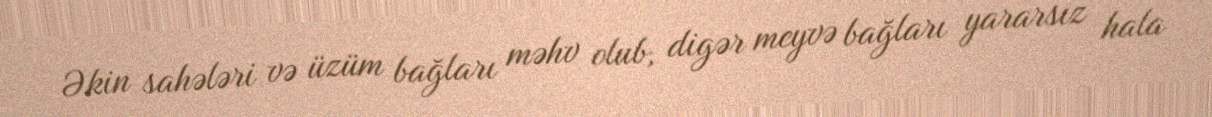
Əkin sahələri və üzüm bağları məhv olub, digər meyvə bağları yararsız hala